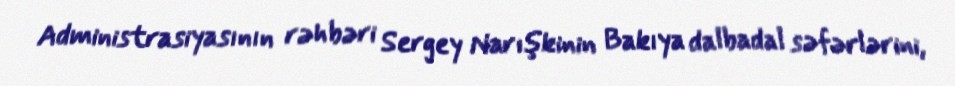
Administrasiyasının rəhbəri Sergey Narışkinin Bakıya dalbadal səfərlərini,